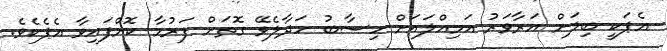
އެޕަކީ ބިލަށް އަރާވަރު އަމިއްލައަށް ހިސާބު ހަދާލެވޭ ގޮތަށް ފަރުމާ ކޮށްފައިވާ އެޕެކެވެ.